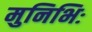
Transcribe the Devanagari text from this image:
मुनिभिः